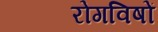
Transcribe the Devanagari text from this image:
रोगविषों